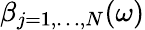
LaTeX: \beta_{j=1,\ldots,N}(\omega)